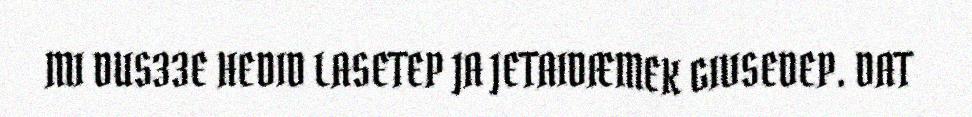
MI DUS33E HEDID LASETEP JA JETAIDÆMEK GIVSEDEP. DAT